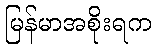
မြန်မာအစိုးရက